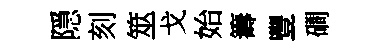
隠刻筮戈始籌豐磵